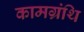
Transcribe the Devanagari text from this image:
कामग्रंथि